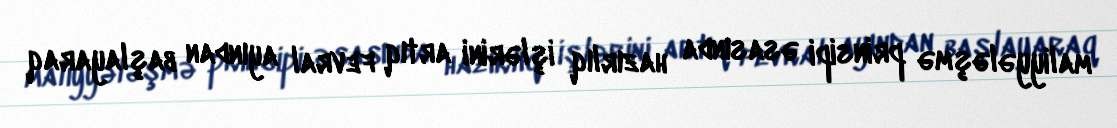
maliyyələşmə prinsipi əsasında hazırlıq işlərini artıq fevral ayından başlayaraq